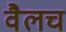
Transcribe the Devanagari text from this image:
वैलच